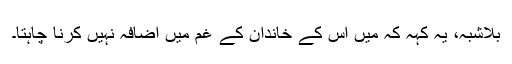
بلاشبہ، یہ کہہ کہ میں اس کے خاندان کے غم میں اضافہ نہیں کرنا چاہتا۔